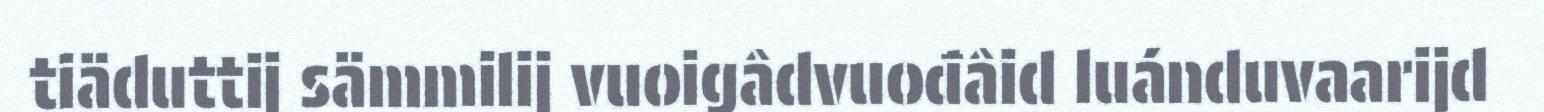
tiäduttij sämmilij vuoigâdvuođâid luánduvaarijd